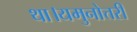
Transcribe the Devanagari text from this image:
था।यमुनोत्तरी